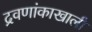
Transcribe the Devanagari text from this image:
द्रवणांकाखाली